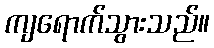
ကျရောက်သွားသည်။